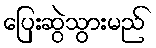
ပြေးဆွဲသွားမည်